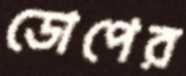
ডোপের